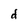
Character: d